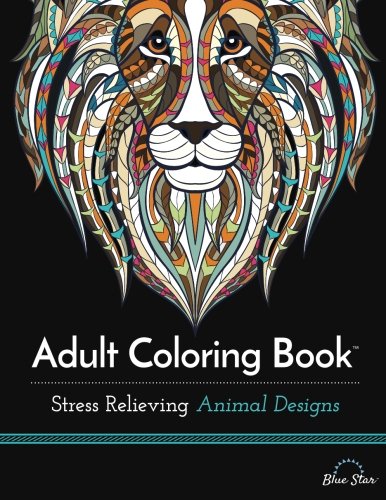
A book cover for Adult Coloring Book: Stress Relieving Animal Designs; Blue Star Coloring; Humor & Entertainment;